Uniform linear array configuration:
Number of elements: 64
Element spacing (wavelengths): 0.75
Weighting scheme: uniform
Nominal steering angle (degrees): -30
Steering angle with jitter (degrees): -29.212
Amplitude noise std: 0.05
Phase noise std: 0.05

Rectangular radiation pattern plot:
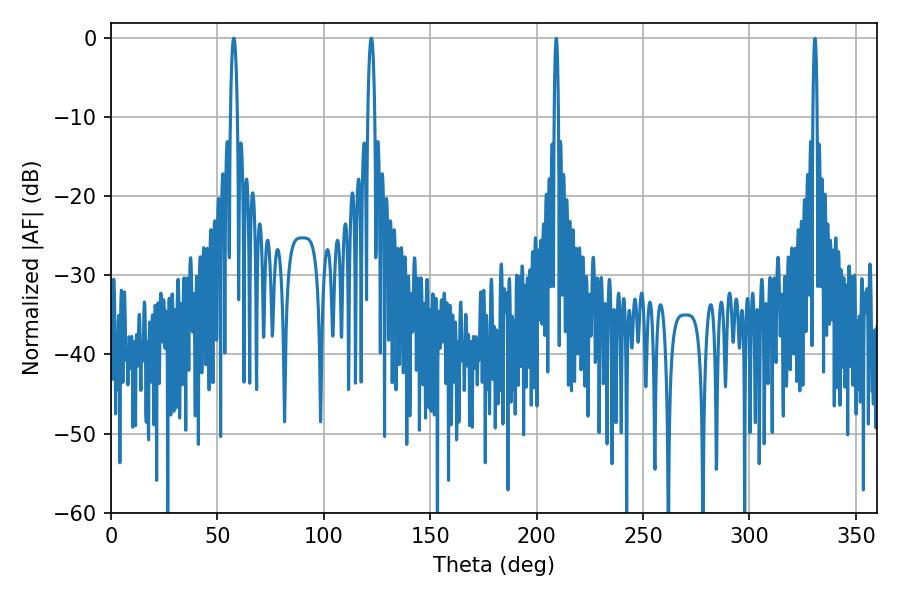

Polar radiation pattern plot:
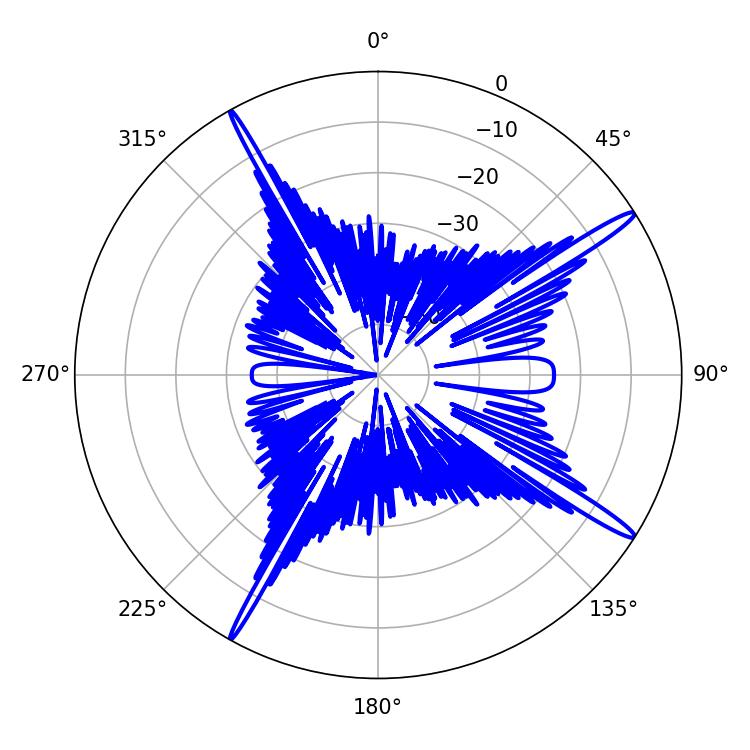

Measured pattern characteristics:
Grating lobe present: TRUE
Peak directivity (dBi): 16.686
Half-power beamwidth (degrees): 1.8
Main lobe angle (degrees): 57.78